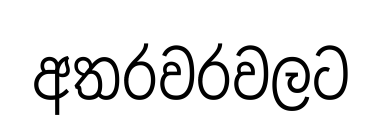
අතරවරවලට